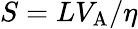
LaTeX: S=LV_{\mathrm{A}}/\eta